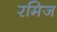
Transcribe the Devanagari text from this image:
रमिज